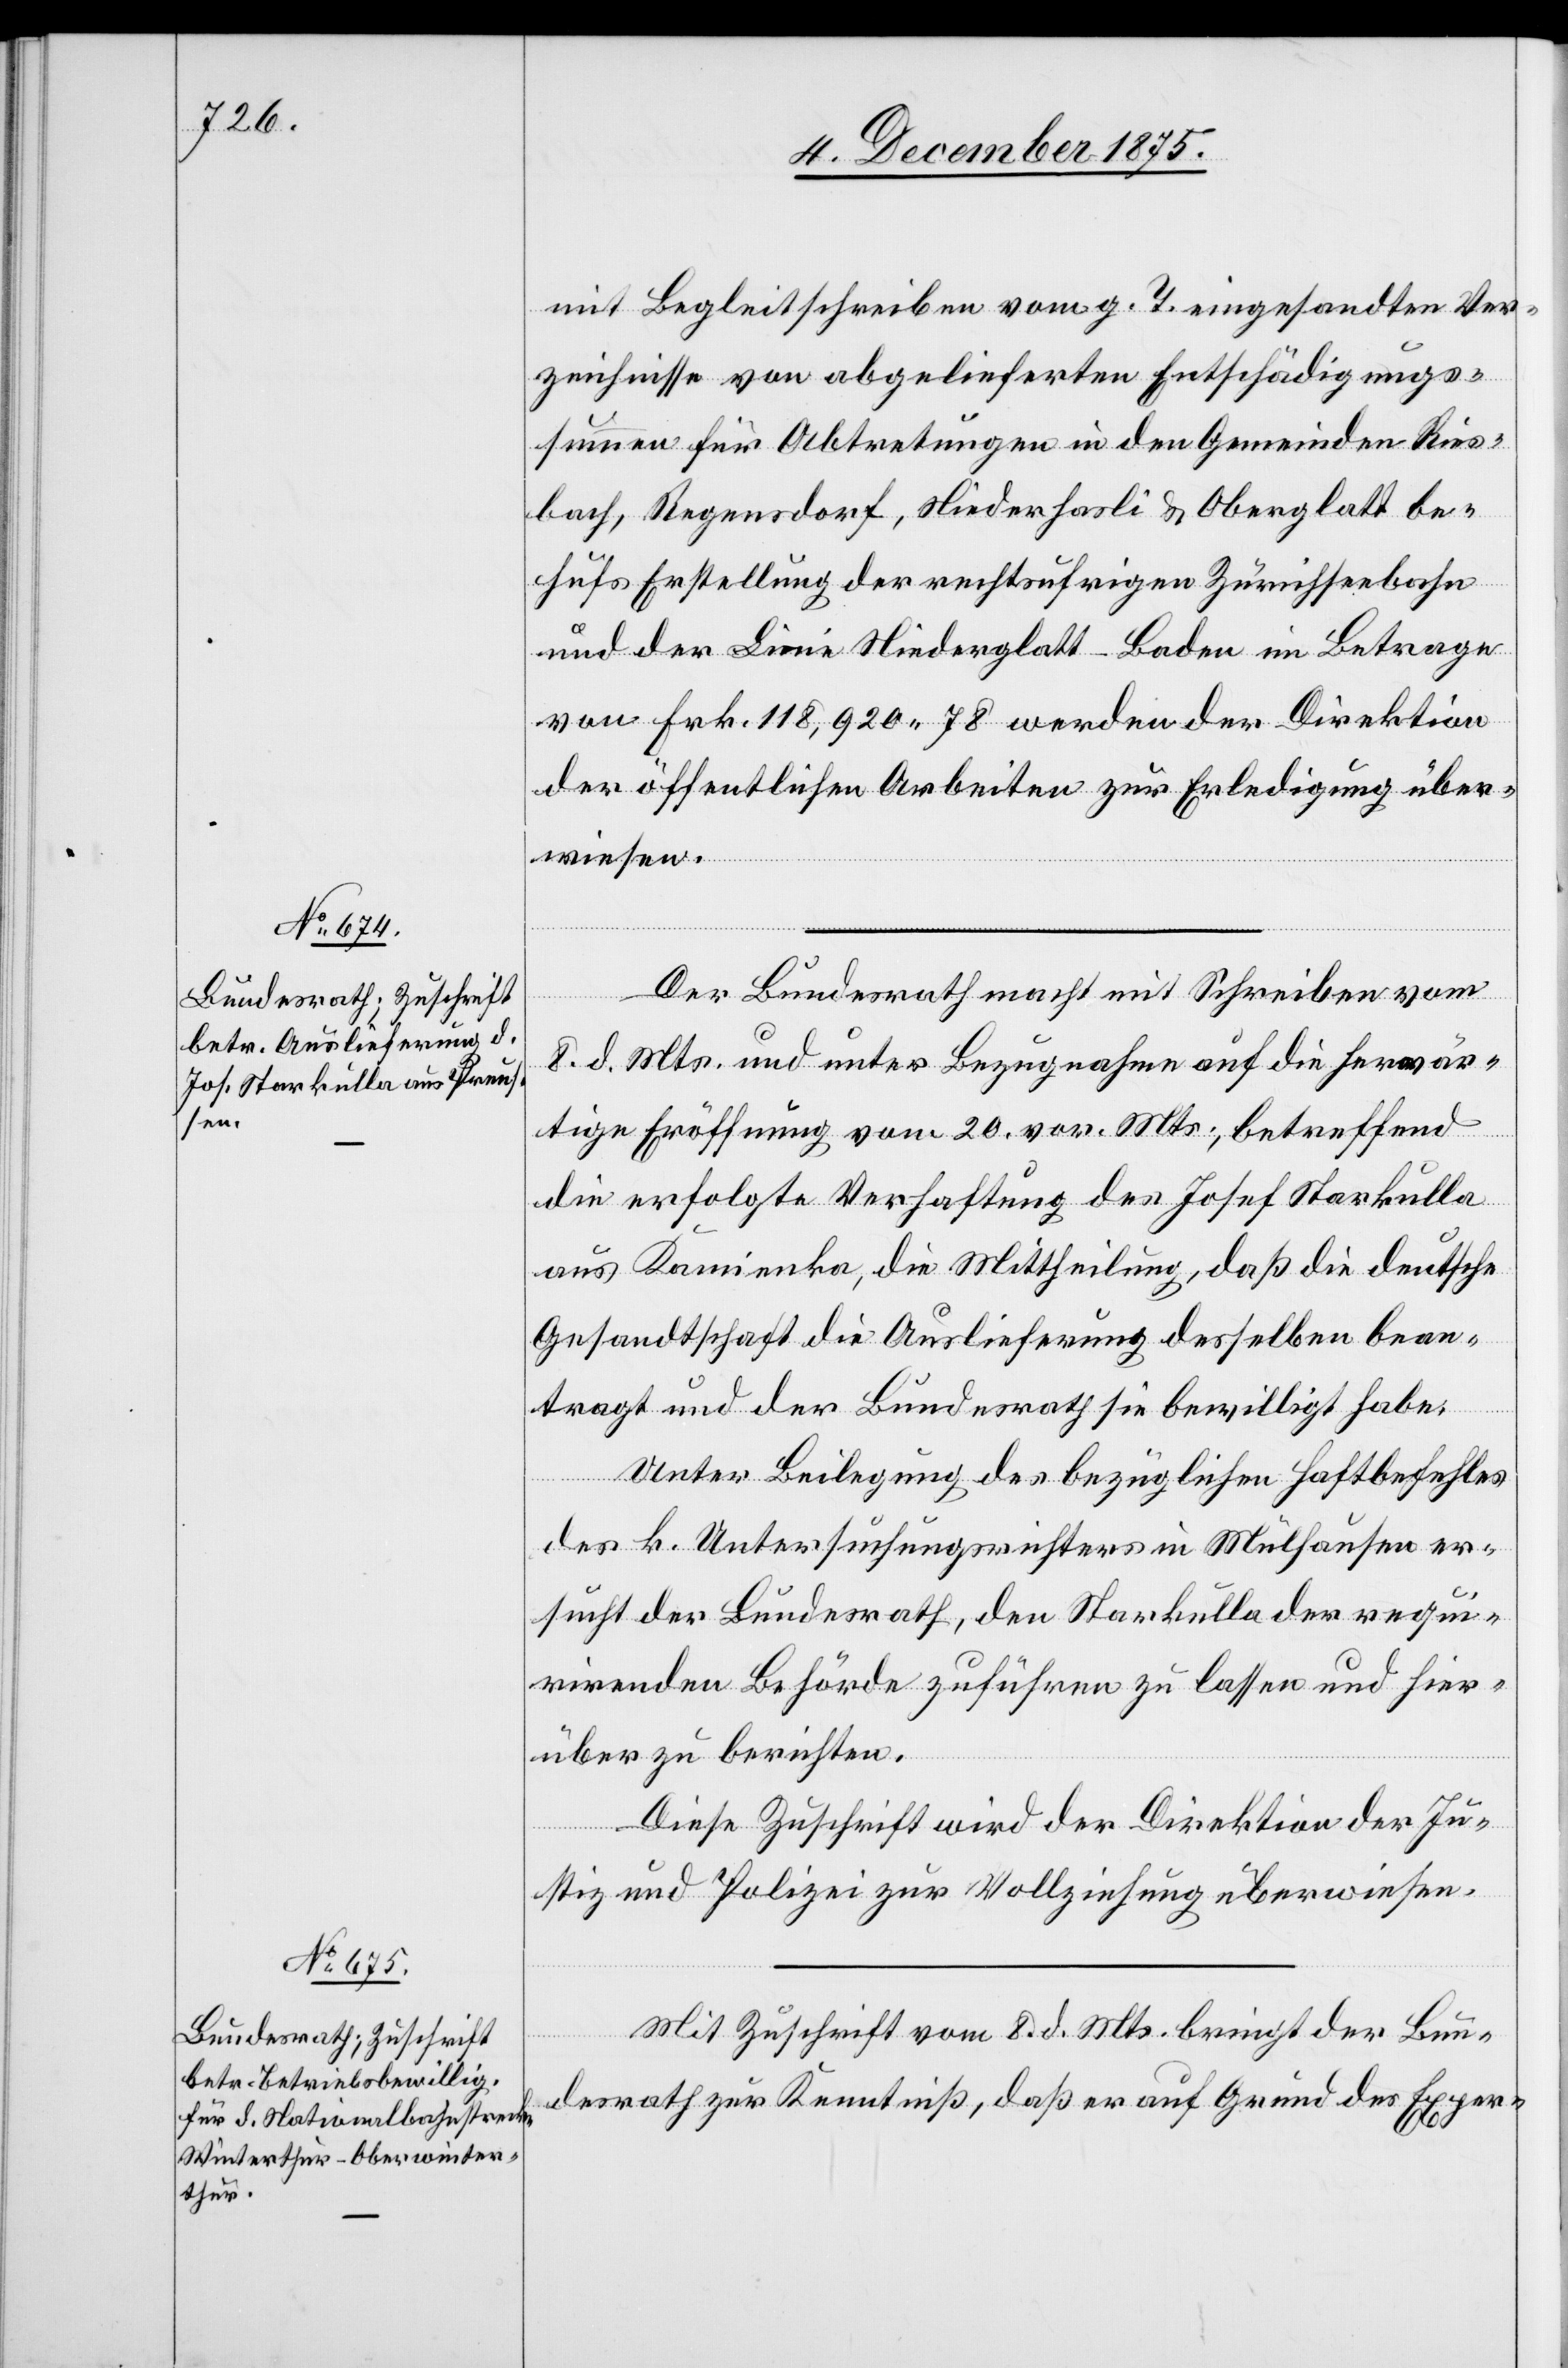
10. December 1875.]
mit Begleitschreiben vom g. T. eingesandten Ver¬
zeichnisse von abgelieferten Entschädigungs¬
summen für Abtretungen in den Gemeinden Ries¬
bach, Regensdorf, Niederhasli & Oberglatt be¬
hufs Erstellung der rechtsufrigen Zürichseebahn
und der Linie Niederglatt–Baden im Betrage
von Frk. 118,920 78 werden der Direktion
der öffentlichen Arbeiten zur Erledigung über¬
wiesen.
Der Bundesrath macht mit Schreiben vom
8. d. Mts. und unter Bezugnahme auf die herwär¬
tige Eröffnung vom 20. vor. Mts., betreffend
die erfolgte Verhaftung des Josef Starkulla
aus Kamienka, die Mittheilung, daß die deutsche
Gesandtschaft die Auslieferung desselben bean¬
tragt und der Bundesrath sie bewilligt habe.
Unter Beilegung des bezüglichen Haftbefehls
des k. Untersuchungsrichters in Mülhausen er¬
sucht der Bundesrath, den Starkulla der requi¬
rirenden Behörde zuführen zu lassen und hier¬
über zu berichten.
Diese Zuschrift wird der Direktion der Ju¬
stiz und Polizei zur Vollziehung überwiesen.
Mit Zuschrift vom 8. d. Mts. bringt der Bun¬
desrath zur Kenntniß, daß er auf Grund des Exper-